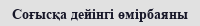
Соғысқа дейінгі өмірбаяны